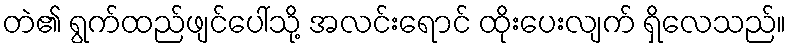
တဲ၏ ရွက်ထည်ဖျင်ပေါ်သို့ အလင်းရောင် ထိုးပေးလျက် ရှိလေသည်။